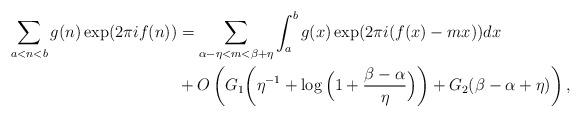
LaTeX: \begin{align*}\sum_{a<n<b} g(n) \exp(2\pi if(n)) &=\sum_{\alpha-\eta<m<\beta+\eta}\int_a^b g(x) \exp(2\pi i (f(x)-mx)) dx \\&+ O\left(G_1\bigg(\eta^{-1}+\log \Big(1+\frac{\beta-\alpha}{\eta}\Big)\bigg)+G_2(\beta-\alpha+\eta)\right),\end{align*}